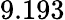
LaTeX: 9.193